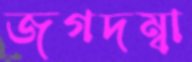
জগদম্বা